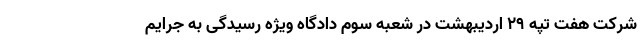
شرکت هفت تپه ۲۹ اردیبهشت در شعبه سوم دادگاه ویژه رسیدگی به جرایم